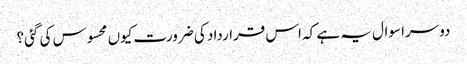
دوسرا سوال یہ ہے کہ اس قرارداد کی ضرورت کیوں محسوس کی گئی؟